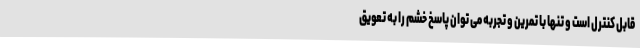
قابل کنترل است و تنها با تمرین و تجربه می توان پاسخ خشم را به تعویق